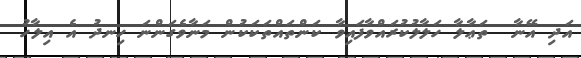
އަދި އޭނާ  ތަޢާލާ ހަލާލުކުރައްވާފައިވާ ކަންތައްތަކަކުން މަނާވެގަންނަ ހިނދު އެ އިލާހު